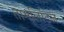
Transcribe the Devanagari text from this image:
तामलिटिज